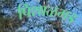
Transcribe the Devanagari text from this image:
पिशाळगड